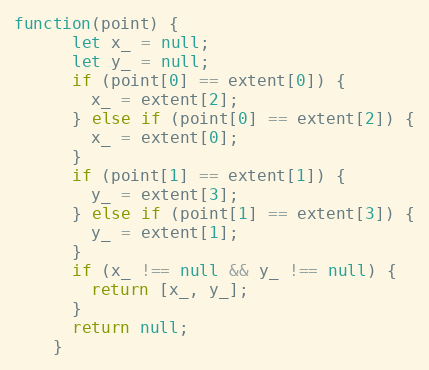
Language: JavaScript
function(point) {
      let x_ = null;
      let y_ = null;
      if (point[0] == extent[0]) {
        x_ = extent[2];
      } else if (point[0] == extent[2]) {
        x_ = extent[0];
      }
      if (point[1] == extent[1]) {
        y_ = extent[3];
      } else if (point[1] == extent[3]) {
        y_ = extent[1];
      }
      if (x_ !== null && y_ !== null) {
        return [x_, y_];
      }
      return null;
    }